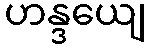
ဟန္ဒယျေ